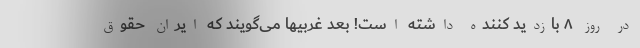
در روز ۸ بازدید کننده داشته است! بعد غربیها می‌گویند که ایران حقوق